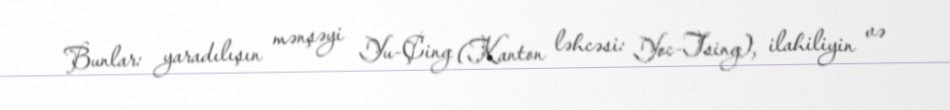
Bunlar: yaradılışın mənşəyi Yu-Çing (Kanton ləhcəsi: Yoc-Tsing), ilahiliyin və